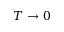
T \to 0